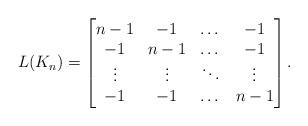
LaTeX: \begin{align*}L(K_n) =\begin{bmatrix} n-1 & -1 & \dots & -1 \\ -1 & n-1 & \dots & -1 \\ \vdots & \vdots & \ddots & \vdots \\ -1 & -1 & \dots & n-1\end{bmatrix}.\end{align*}